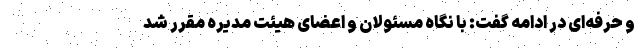
و حرفه‌ای در ادامه گفت: با نگاه مسئولان و اعضای هیئت مدیره مقرر شد